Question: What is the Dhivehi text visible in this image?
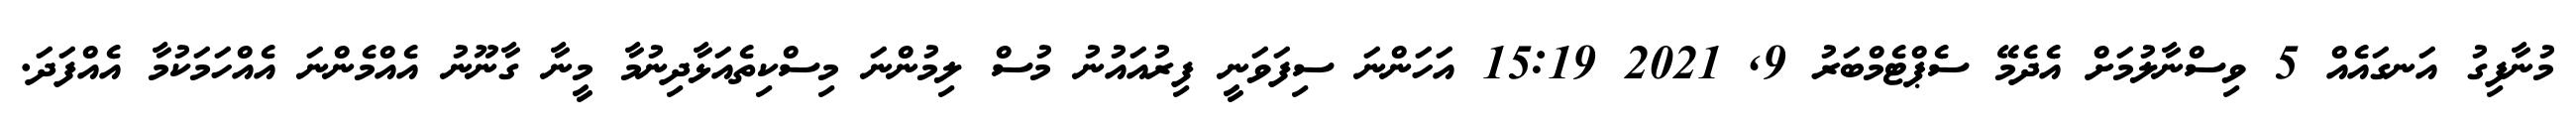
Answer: މުނާފިގު އަނގައެއް 5 ވިސްނާލުމަށް އެދެމޭ ސެޕްޓެމްބަރު 9, 2021 15:19 އަހަންނަ ސިފަވަނީ ފިރުއައުނު މުސް ލިމުންނަ މިސްކިތެއަޅާދިނުމާ މީނާ ގާނޫނު އެއްމެންނަ އެއްހަމަކުމާ އެއްފަދަ.